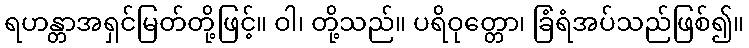
ရဟန္တာအရှင်မြတ်တို့ဖြင့်။ ဝါ၊ တို့သည်။ ပရိဝုတ္တော၊ ခြံရံအပ်သည်ဖြစ်၍။